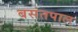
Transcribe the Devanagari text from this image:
बसंतपाल